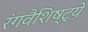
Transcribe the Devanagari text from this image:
रंगवैशिष्ट्ये